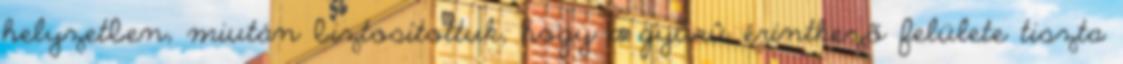
helyzetben, miután biztosítottuk, hogy a gyûrû érintkezõ felülete tiszta